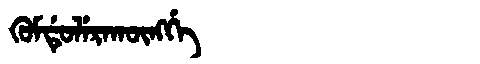
Manchu: ᡴᡠᠮᡩᡠᠯᡝᡵᠠᡴᡡᠩᡤᡝ
Romanization: KUMDULERAKŪNGGE